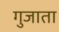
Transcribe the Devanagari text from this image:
गुजाता